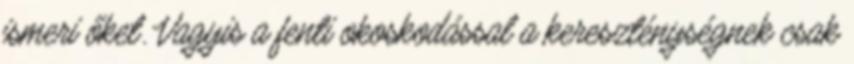
ismeri őket. Vagyis a fenti okoskodással a kereszténységnek csak